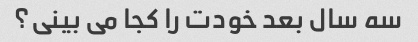
سه سال بعد خودت را کجا می بینی؟